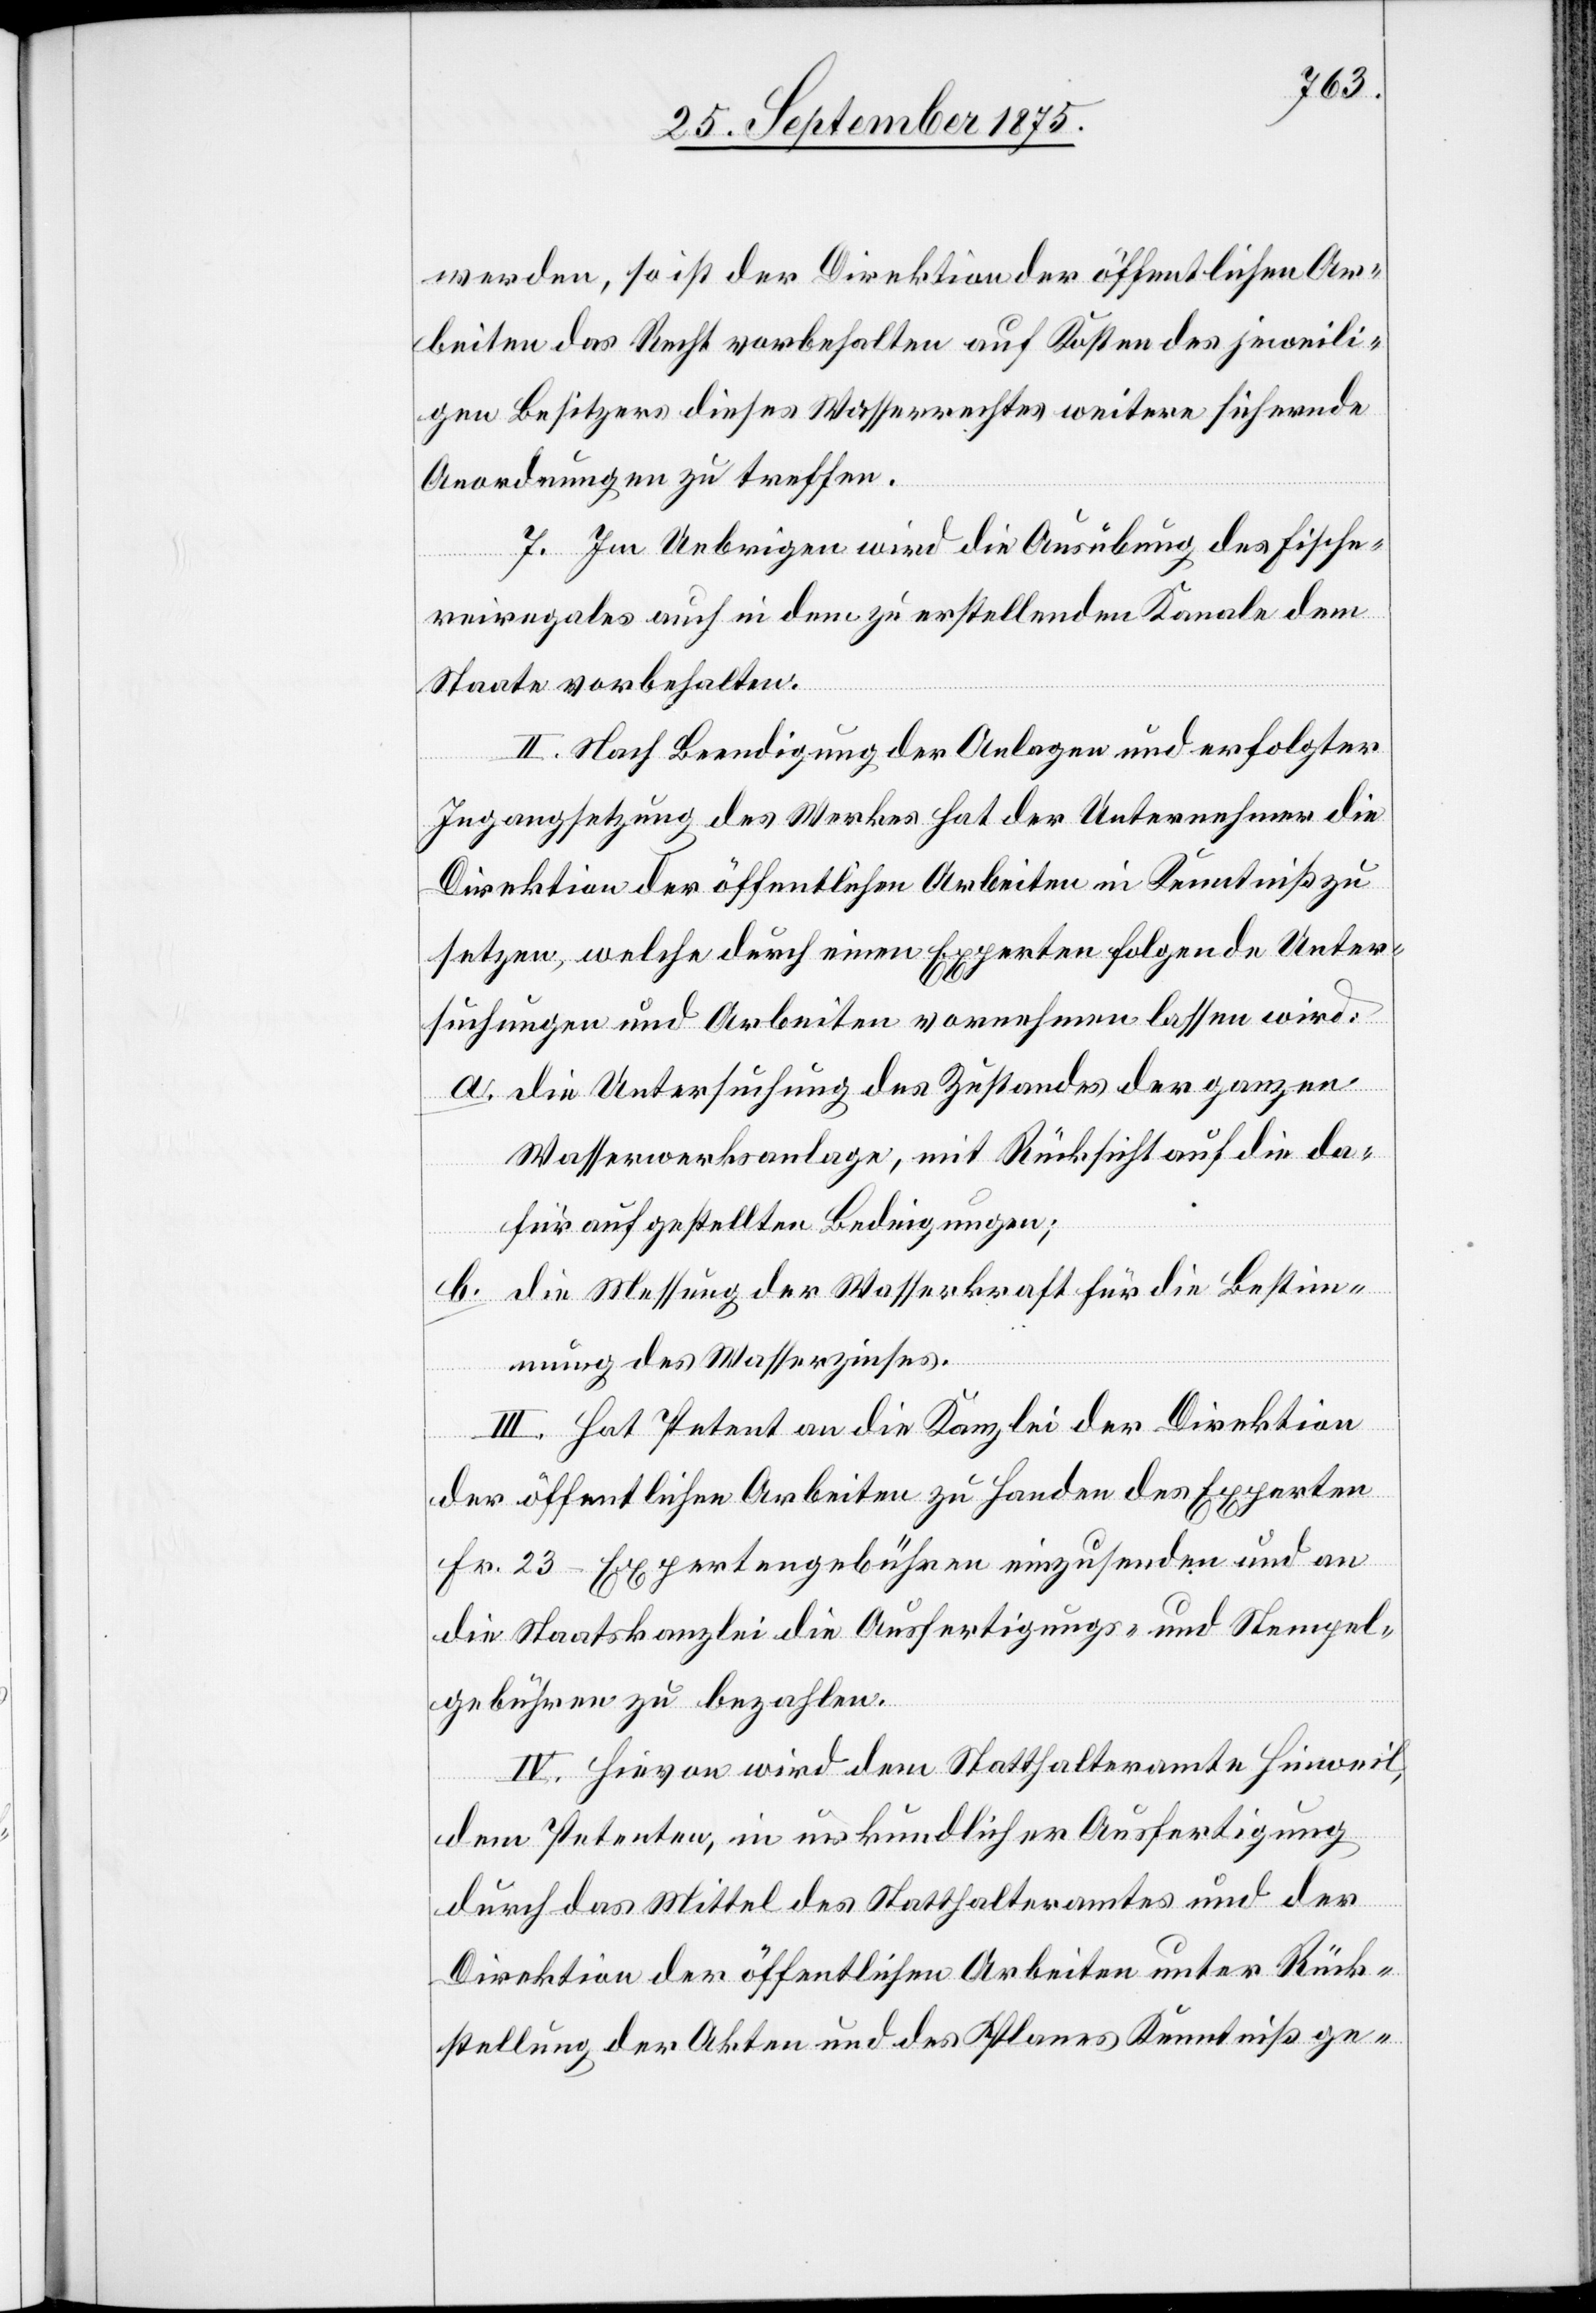
werden, so ist der Direktion der öffentlichen Ar¬
beiten das Recht vorbehalten auf Kosten des jeweili¬
gen Besitzers dieses Wasserrechtes weitere sichernde
Anordnungen zu treffen.
7. Im Uebrigen wird die Ausübung des Fische¬
reiregales auch in dem zu erstellenden Kanale dem
Staate vorbehalten.
II. Nach Beendigung der Anlagen und erfolgter
Ingangsetzung des Werkes hat der Unternehmer die
Direktion der öffentlichen Arbeiten in Kenntniß zu
setzen, welche durch einen Experten folgende Unter¬
suchungen und Arbeiten vornehmen lassen wird:
a. die Untersuchung des Zustandes der ganzen
Wasserwerksanlage, mit Rücksicht auf die da¬
für aufgestellten Bedingungen;
b. die Messung der Wasserkraft für die Bestim¬
mung des Wasserzinses.
III. Hat Petent an die Kanzlei der Direktion
der öffentlichen Arbeiten zu Handen des Experten
Fr. 23 Expertengebühren einzusenden und an
die Staatskanzlei die Ausfertigungs- und Stempel¬
gebühren zu bezahlen.
IV. Hievon wird dem Statthalteramte Hinweil,
dem Petenten, in urkundlicher Ausfertigung
durch das Mittel des Statthalteramtes und der
Direktion der öffentlichen Arbeiten unter Rück¬
stellung der Akten und des Planes Kenntniß ge-